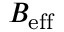
B _ { \mathrm { e f f } }